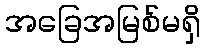
အခြေအမြစ်မရှိ